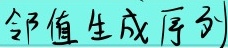
邻值生成序列